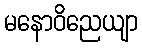
မနောဝိညေယျာ